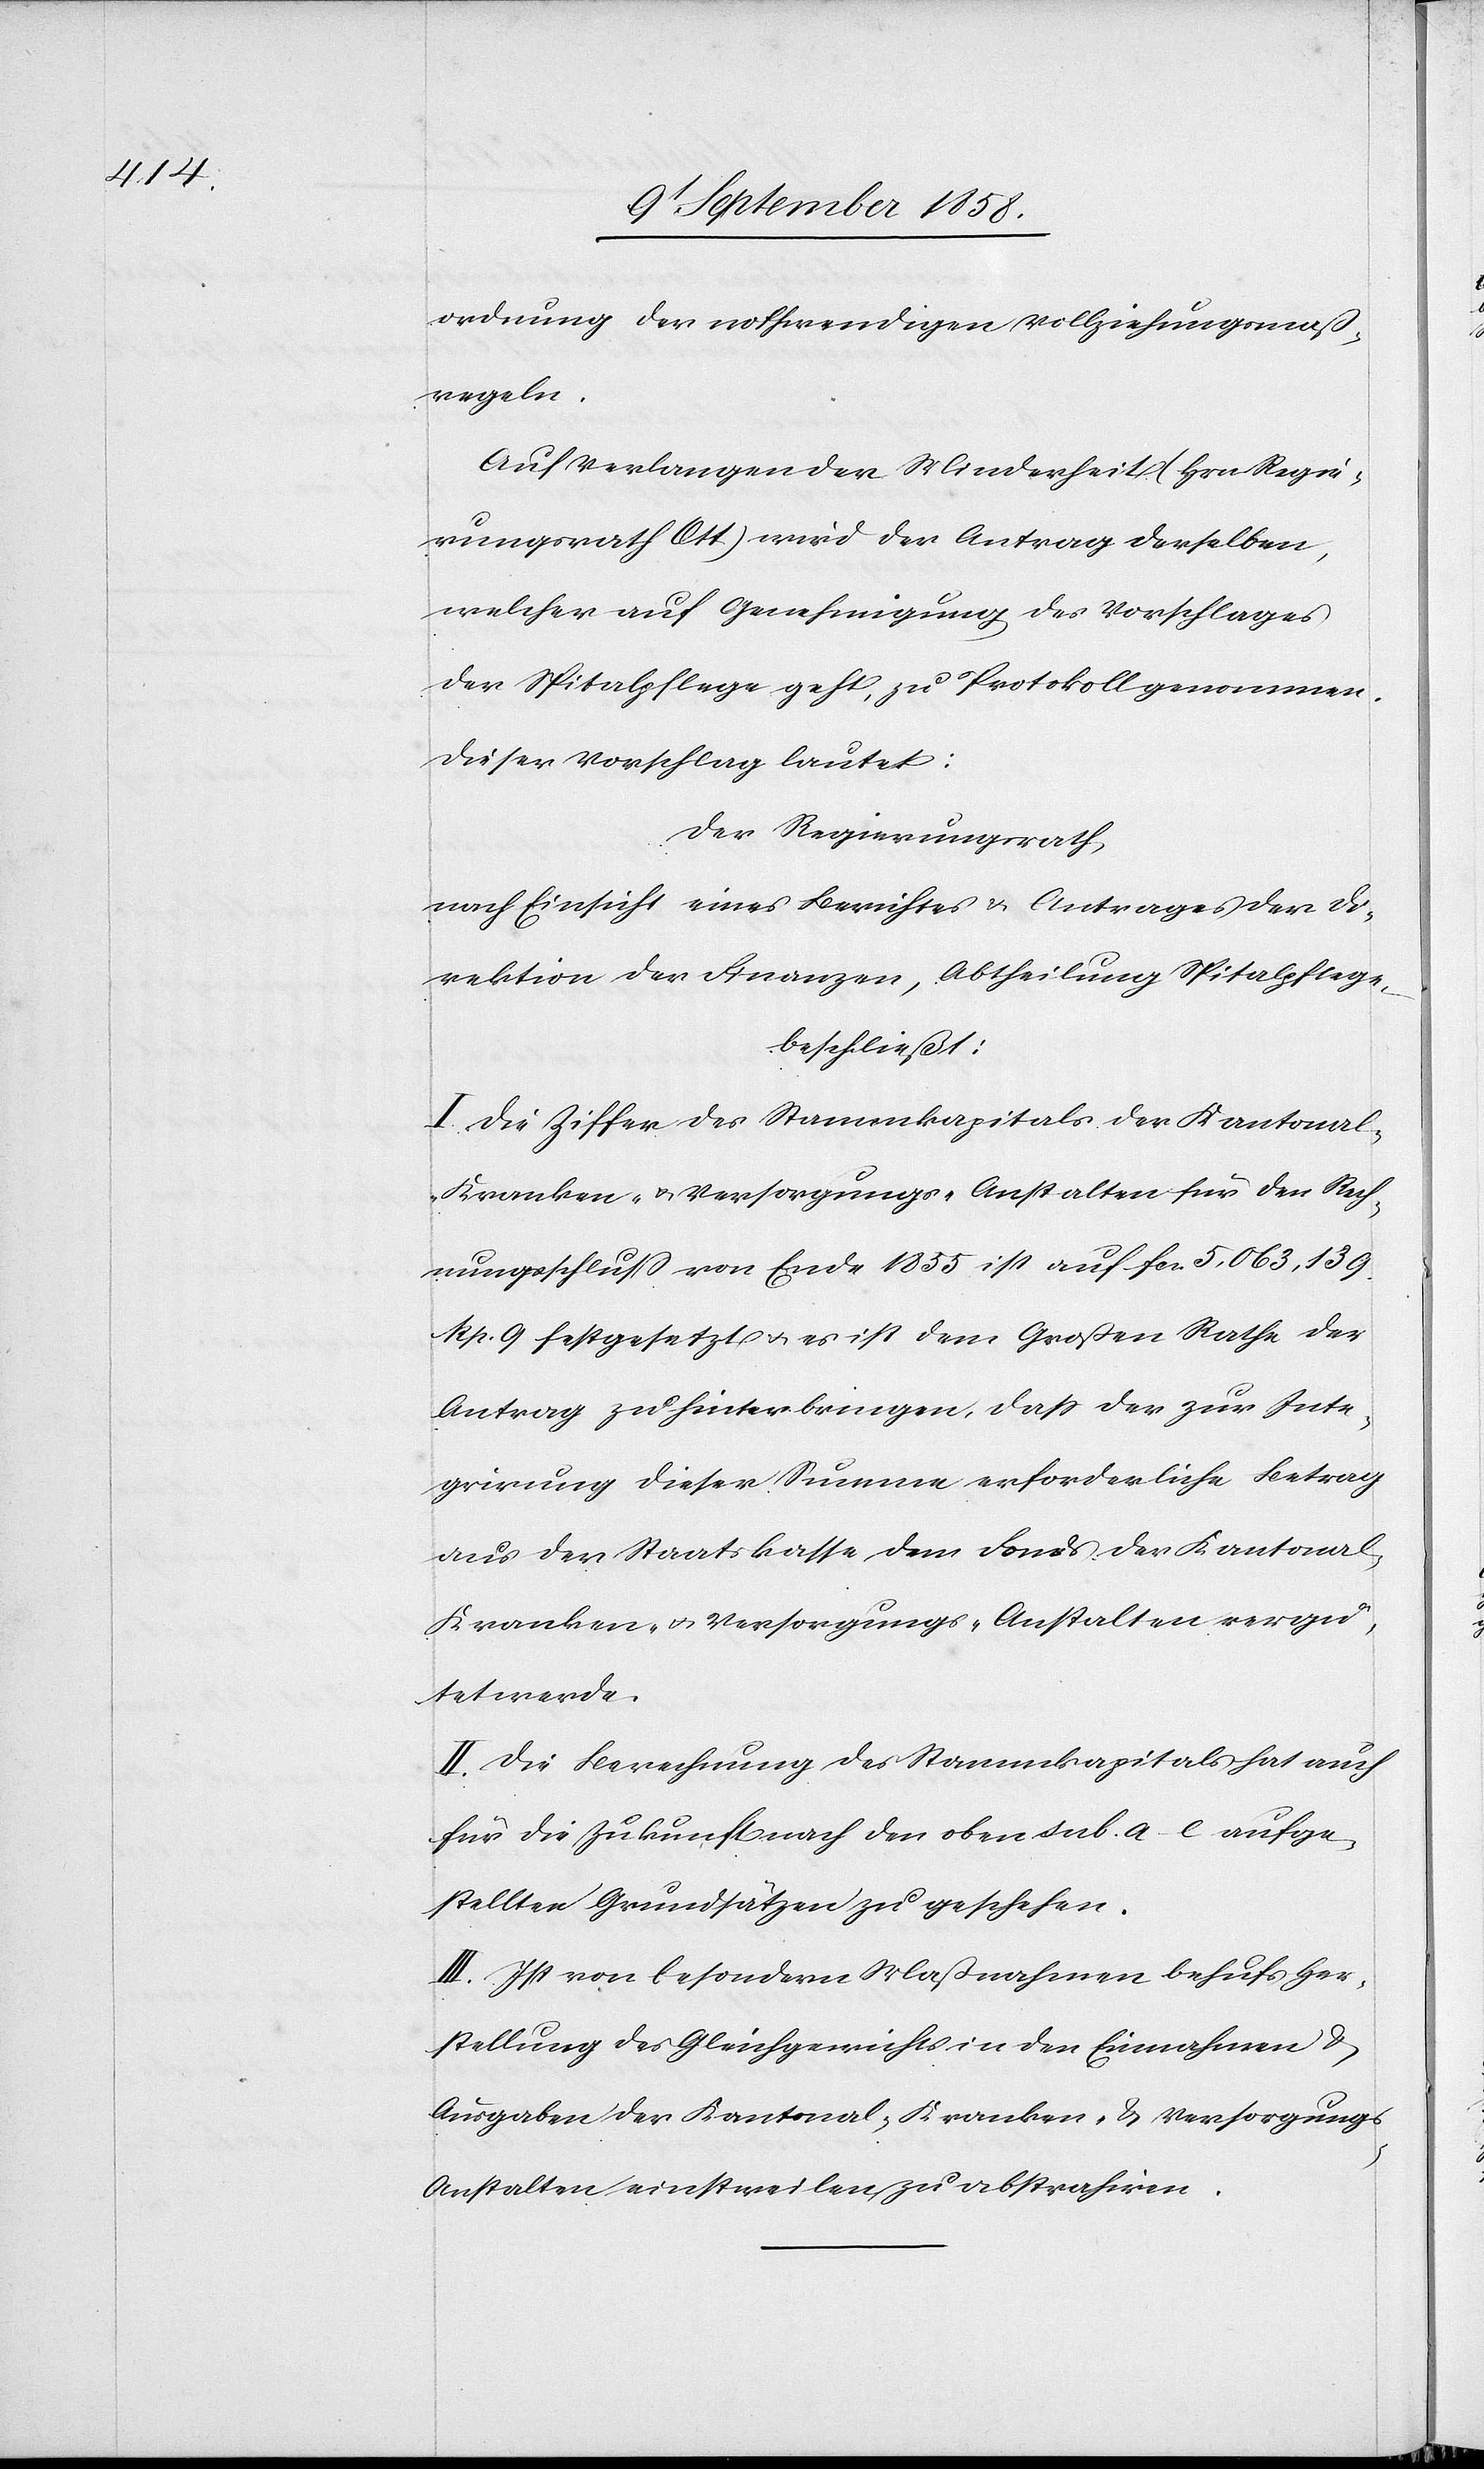
ordnung der nothwendigen Vollziehungsmaß¬
regeln.
Auf Verlangen der Minderheit (Hrn. Regie¬
rungsrath Ott) wird der Antrag derselben,
welcher auf Genehmigung des Vorschlages
der Spitalpflege geht, zu Protokoll genommen.
Dieser Vorschlag lautet:
Der Regierungsrath,
nach Einsicht eines Berichtes & Antrages der Di¬
rektion der Finanzen, Abtheilung Spitalpflege,
beschließt:
I. Die Ziffer des Stammkapitals der Kantonal-K¬
ranken- & Versorgungs-Anstalten für den Rech¬
nungsschluss von Ende 1855 ist auf fcs. 5,063,139.
Rp. 9 festgesetzt & es ist dem Großen Rathe der
Antrag zu hinterbringen, dass der zur Inte¬
grirung dieser Summe erforderliche Betrag
aus der Staatskasse dem Fonds der Kantona¬
l-Kranken- & Versorgungs-Anstalten vergü¬
tet werde.
II. Die Berechnung des Stammkapitals hat auch
für die Zukunft nach den oben sub. a–e aufge¬
stellten Grundsätzen zu geschehen.
III. Ist von besondern Maßnahmen behufs Her¬
stellung des Gleichgewichts in den Einnahmen &
Ausgaben der Kantonal-Kranken- & Versorgung¬
s-Anstalten einstweilen zu abstrahiren.